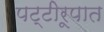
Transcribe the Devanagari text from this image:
पट्टीरूपात